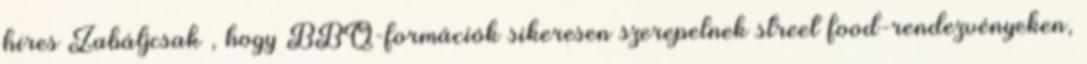
híres Zabáljcsak , hogy BBQ-formációk sikeresen szerepelnek street food-rendezvényeken,